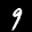
Label: 9